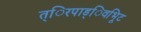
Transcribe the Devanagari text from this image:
त्िरपाड्िवभूिट